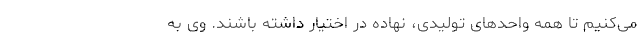
می‌کنیم تا همه واحدهای تولیدی، نهاده در اختیار داشته باشند. وی به